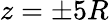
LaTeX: z=\pm 5R